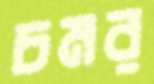
চমর